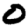
Digit: 0